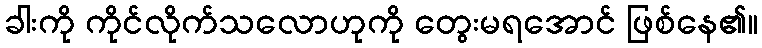
ခါးကို ကိုင်လိုက်သလောဟုကို တွေးမရအောင် ဖြစ်နေ၏။